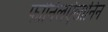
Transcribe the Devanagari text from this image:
फोनिलऐलानिन